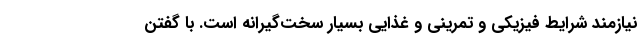
نیازمند شرایط فیزیکی و تمرینی و غذایی بسیار سخت‌گیرانه است. با گفتن